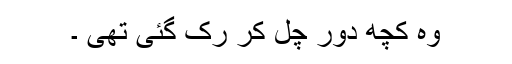
وہ کچھ دُور چل کر رُک گئی تھی ۔